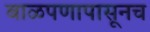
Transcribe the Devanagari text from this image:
बाळपणापासूनच